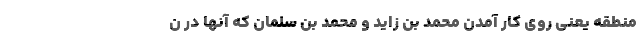
منطقه یعنی روی کار آمدن محمد بن زاید و محمد بن سلمان که آنها در ن